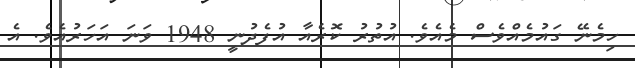
ހިމެނޭ ގައުމެއްވެސް މެއެވެ. އުތުރު ކޮރެއާ އުފެދުނީ 1948 ވަނަ އަހަރުއެވެ. އެ